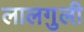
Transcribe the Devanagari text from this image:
लालगुली